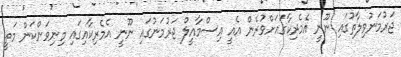
ޖަރުމަނުވިލާތުގައި ނޫނީ އެމެރިކާގައަށްވުރެން އެއީ އިސްމާއީލް ޖަރުމަނުގައި ނޫނީ އެމެރިކާއިގައި މިނިވަންކަން މަތީ